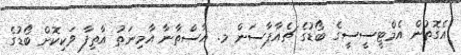
އެގޮތުން އެމްޓީސީސީގެ ބޯޑުގެ ޗެއާޕާސަން މ. އާސްތާނާ އާމިނަތު އާތިފާ ވަކިކޮށް ބޯޑުގެ